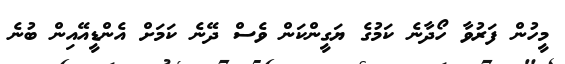
މީހުން ފަރުވާ ހޯދާނެ ކަމުގެ ޔަގީންކަން ވެސް ދޭނެ ކަމަށް އެންޑީއޭއިން ބުނެ